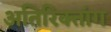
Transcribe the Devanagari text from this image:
अतिरिक्तांग